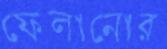
ফেলানোর